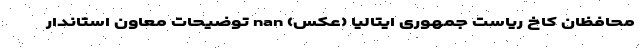
محافظان کاخ ریاست جمهوری ایتالیا (عکس) nan توضیحات معاون استاندار